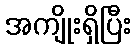
အကျိုးရှိပြီး